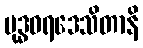
ဗုဒ္ဓဝရဒေသိတာနိ